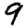
Digit: 9